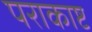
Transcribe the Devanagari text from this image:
पराकाष्ट